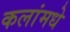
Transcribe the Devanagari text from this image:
कलांमधे